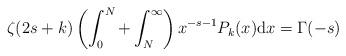
LaTeX: \begin{align*} \zeta(2s+k) \left( \int_{0}^{N} + \int_{N}^{\infty} \right) x^{-s-1} P_k(x) {\rm d}x = \Gamma(-s)\end{align*}